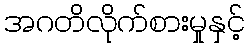
အဂတိလိုက်စားမှုနှင့်